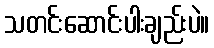
သတင်းဆောင်းပါးချည်းပဲ။